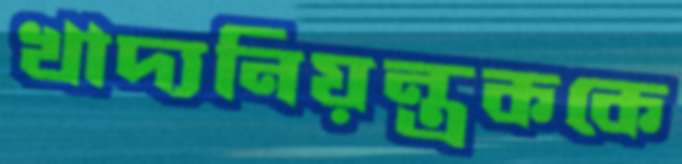
খাদ্যনিয়ন্ত্রককে